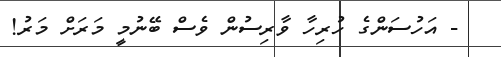
- އަހުސަންގެ ހުރިހާ ވާރިސުން ވެސް ބޭނުމީ މަރަށް މަރު!